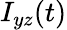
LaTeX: I_{yz}(t)